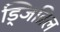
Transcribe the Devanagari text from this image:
ड्जिब्रिल